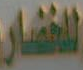
الخضار